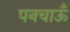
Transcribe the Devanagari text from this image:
पनचाऊँ